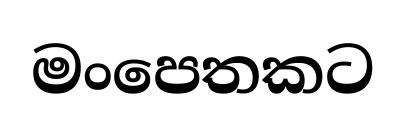
මංපෙතකට